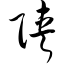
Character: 陕